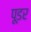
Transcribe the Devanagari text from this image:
पूडर